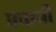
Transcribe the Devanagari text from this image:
प्रचानी